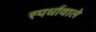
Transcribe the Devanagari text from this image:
स्पर्धावाले